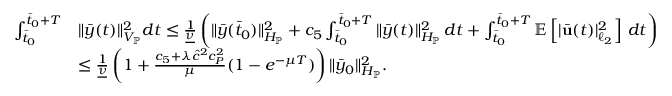
\begin{array} { r l } { \int _ { \bar { t } _ { 0 } } ^ { \bar { t } _ { 0 } + T } } & { \| \bar { y } ( t ) \| _ { V _ { \mathbb { P } } } ^ { 2 } d t \leq \frac { 1 } { \underline { { \nu } } } \left( \| \bar { y } ( \bar { t } _ { 0 } ) \| _ { H _ { \mathbb { P } } } ^ { 2 } + c _ { 5 } \int _ { \bar { t } _ { 0 } } ^ { \bar { t } _ { 0 } + T } \| \bar { y } ( t ) \| _ { H _ { \mathbb { P } } } ^ { 2 } \, d t + \int _ { \bar { t } _ { 0 } } ^ { \bar { t } _ { 0 } + T } \mathbb { E } \left[ | \bar { \mathbf { u } } ( t ) | _ { \ell _ { 2 } } ^ { 2 } \right] \, d t \right) } \\ & { \leq \frac { 1 } { \underline { { \nu } } } \left( 1 + \frac { c _ { 5 } + \lambda \hat { c } ^ { 2 } c _ { P } ^ { 2 } } { \mu } ( 1 - e ^ { - \mu T } ) \right) \| \bar { y } _ { 0 } \| _ { H _ { \mathbb { P } } } ^ { 2 } . } \end{array}